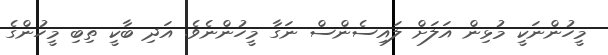
މީހުންނަކީ މުޅިން އަލަށް ލައިސެންސް ނަގާ މީހުންނެވެ. އަދި ބާކީ ތިބި މީހުންގެ